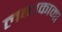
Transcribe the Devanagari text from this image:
लब्धकामा